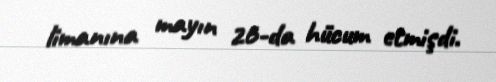
limanına mayın 26-da hücum etmişdi.